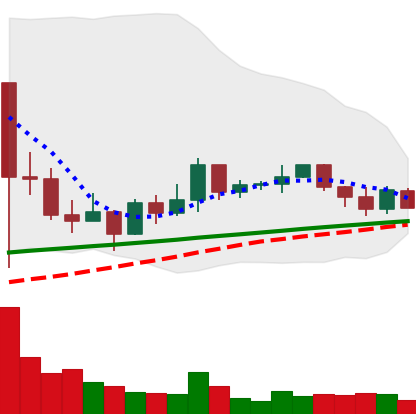
Ticker: XRP-USD
Chart end date: 2021-03-14
Forward return: 6.573%
Label: up_5_7